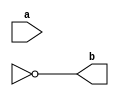
                 /* NOT */ 

module NOT_GLM(a,b);   // Gate Level Modeling
input  a;
output b;                   
not(b,c);                    
endmodule                     


module NOT(output c,input a,b);             
not(c,a,b); 
//assign c=a ~ b;                   
endmodule     

module NOT_DFM1(a,b);  // Data Level Modeling Method 1
input  a;
output b;
assign b= ~a;
endmodule 

module OR_DFM2;         // Data Level Modeling Method 2
wire a,b;
assign b= ~a;
endmodule